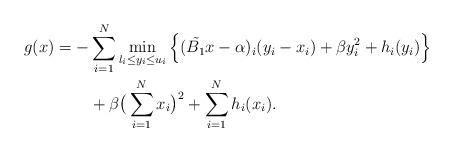
LaTeX: \begin{align*}\begin{aligned}g(x)= - &\sum_{i=1}^N \min_{l_i\leq y_i\leq u_i}\Big \{ (\tilde{B_1}x- \alpha)_i (y_i-x_i) + \beta y^2_i + h_i(y_i)\Big\} \\&+ \beta \big{(}\sum_{i=1}^Nx_i\big{)}^2 +\sum_{i=1}^N h_i(x_i). \end{aligned}\end{align*}